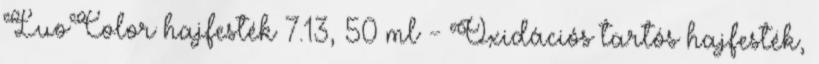
LuoColor hajfesték 7.13, 50 ml - Oxidációs tartós hajfesték,